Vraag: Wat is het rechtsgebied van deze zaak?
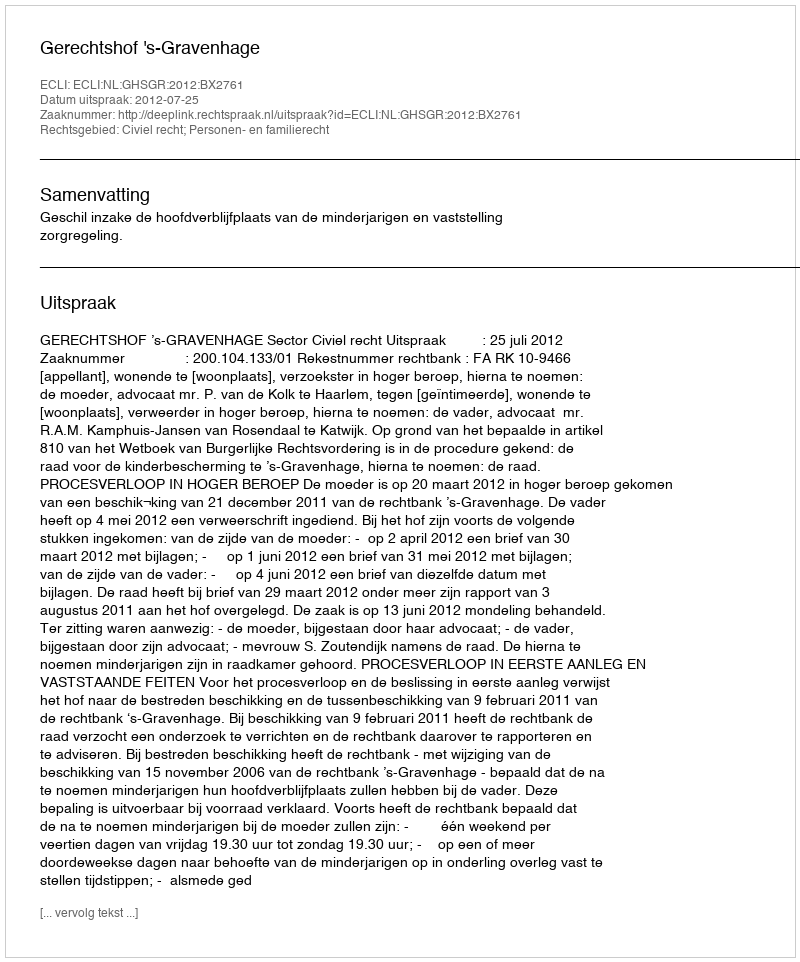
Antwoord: Civiel recht; Personen- en familierecht